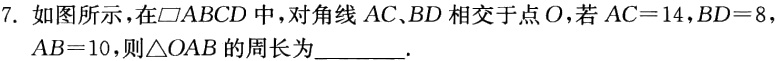
7. 如图所示，在$\square ABCD$中，对角线$AC、BD$相交于点$O$，若$AC = 14$，$BD = 8$，$AB = 10$，则$\triangle OAB$的周长为________.